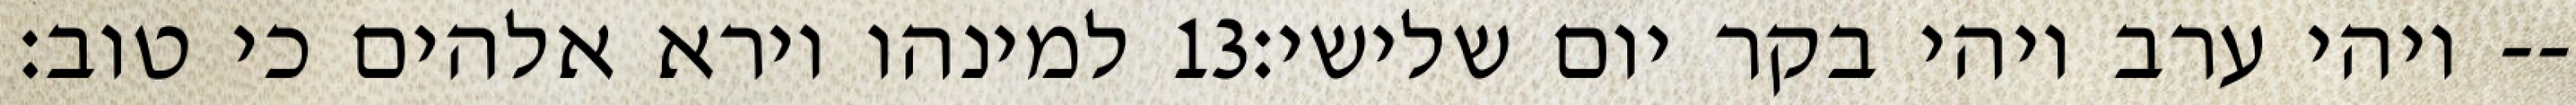
למינהו וירא אלהים כי טוב׃ ‎13‏ ויהי ערב ויהי בקר יום שלישי׃--